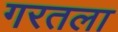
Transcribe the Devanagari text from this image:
गरतला